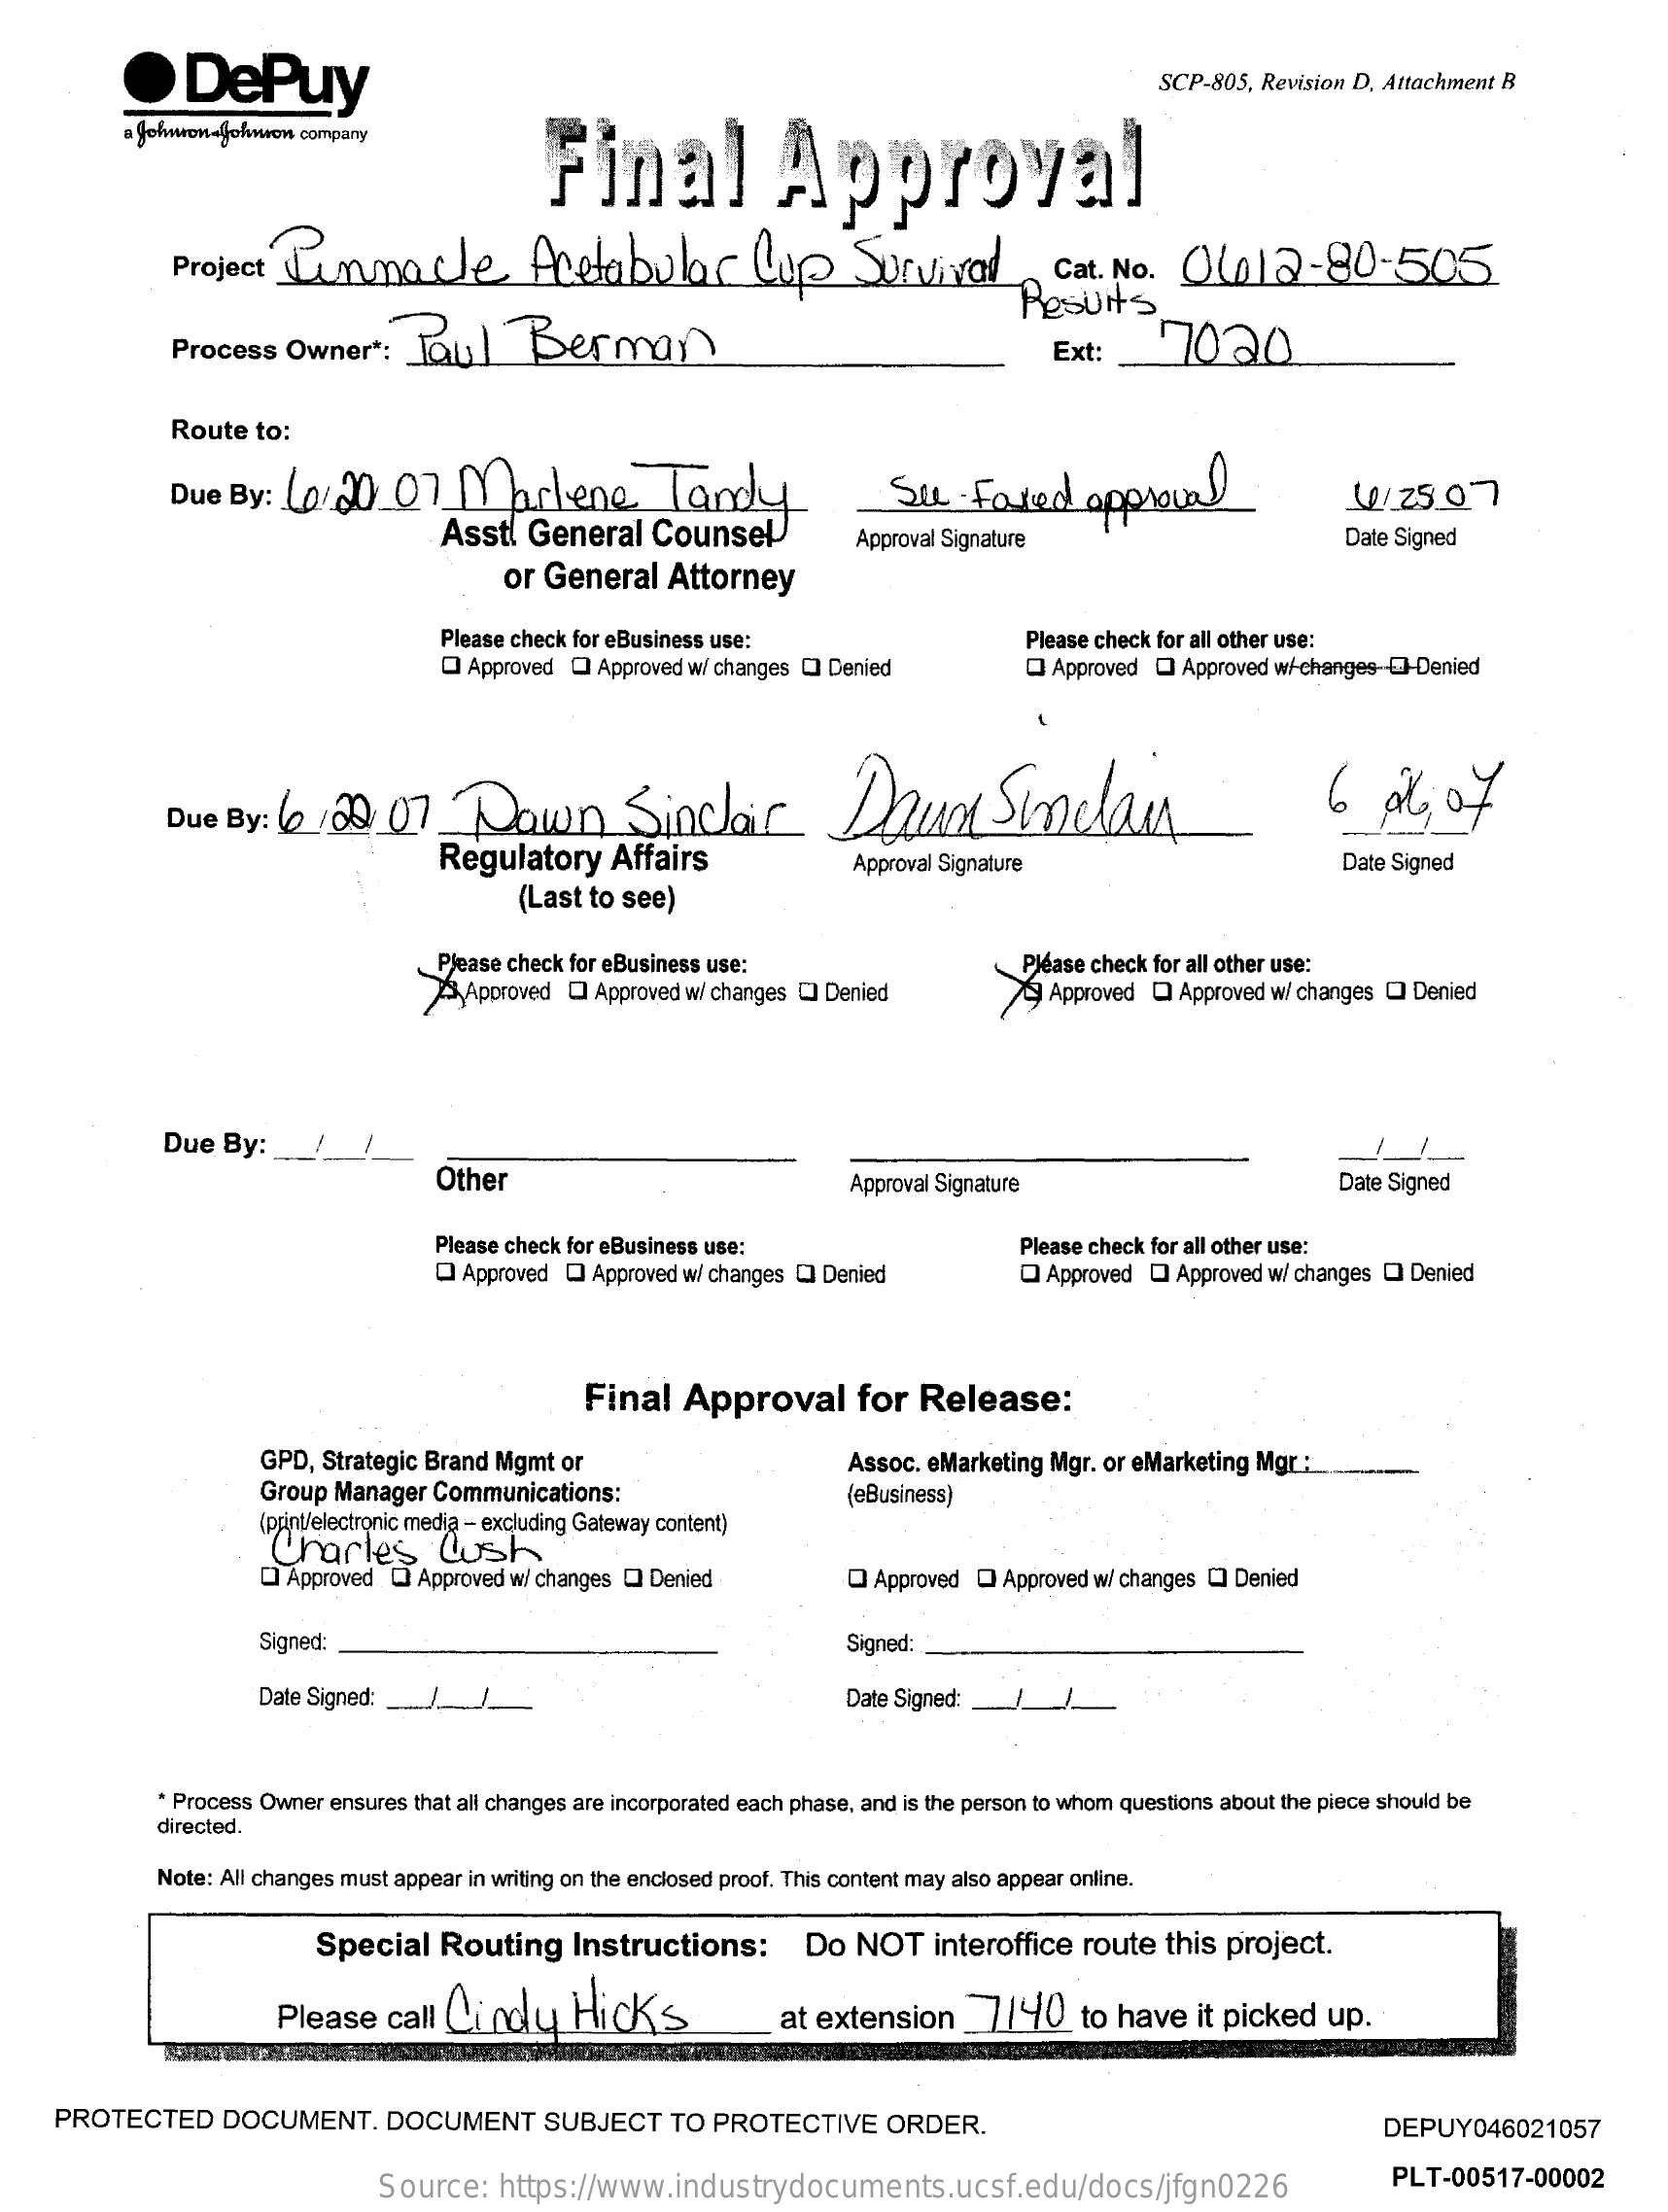
·DePuy    SCP-805, Revision D, Attachment B
     Johnwon-Johnson company
     Final    Approval
     Project  Junma    cle    Aretabular    Cup    Survival    Cat. No.  06012-80-505
     Process   Owner  *:  Tau]    Berman
     Results
     Ext:    7020
     Route to:
     Due  By: 10/20    07   Marlene    Tandy    Su    Fored    approval
     Asst!  General   Counsel
     4/25.07
     or General   Attorney
     Approval Signature    Date Signed
     Please check for eBusiness use:
     Q Approved Q Approved w/ changes I Denied
     Please check for all other use:
     Q Approved  I Approved w/-changes -- Denied
     Due By:  6:20.07    Down    Sindair    Dand    Sindan    6   px;   of
     Regulatory    Affairs    Approval Signature    Date Signed
     (Last to see)
     Please check for eBusiness use:
     Approved CI Approved w/ changes I Denied
     Please check for all other use:
     74  Approved  I Approved w/ changes I Denied
     Due By:  __ /_/  __
     Other    Approval Signature    Date Signed
     Please check for eBusiness use:
     Q Approved  I Approved w/ changes CI Denied
     Please check for all other use:
     Q Approved  I Approved w/ changes I Denied
     Final   Approval    for  Release:
     GPD, Strategic Brand Mgmt or
     Group Manager Communications:
     Assoc. eMarketing Mgr. or eMarketing Mgr. :
     (print/electronic media - excluding Gateway content)
     (eBusiness)
     Charles    lush
     QI Approved Q Approved w/ changes I Denied    Approved Q Approved w/ changes I Denied
     Signed:    Signed:
     Date Signed: _.... ] ________    Date Signed:
     * Process Owner ensures that all changes are incorporated each phase, and is the person to whom questions about the piece should be
     directed.
     Note: All changes must appear in writing on the enclosed proof. This content may also appear online.
     Special  Routing    Instructions:    Do  NOT   interoffice  route  this project.
     Please   call Cindy    Hicks    at extension_7140    to have  it picked  up.
     PROTECTED    DOCUMENT.    DOCUMENT    SUBJECT    TO PROTECTIVE    ORDER.    DEPUY046021057
     Source:   https://www.industrydocuments.ucsf.edu/docs/jfgn0226    PLT-00517-00002